Illuka_vallavalitsus, lk 34
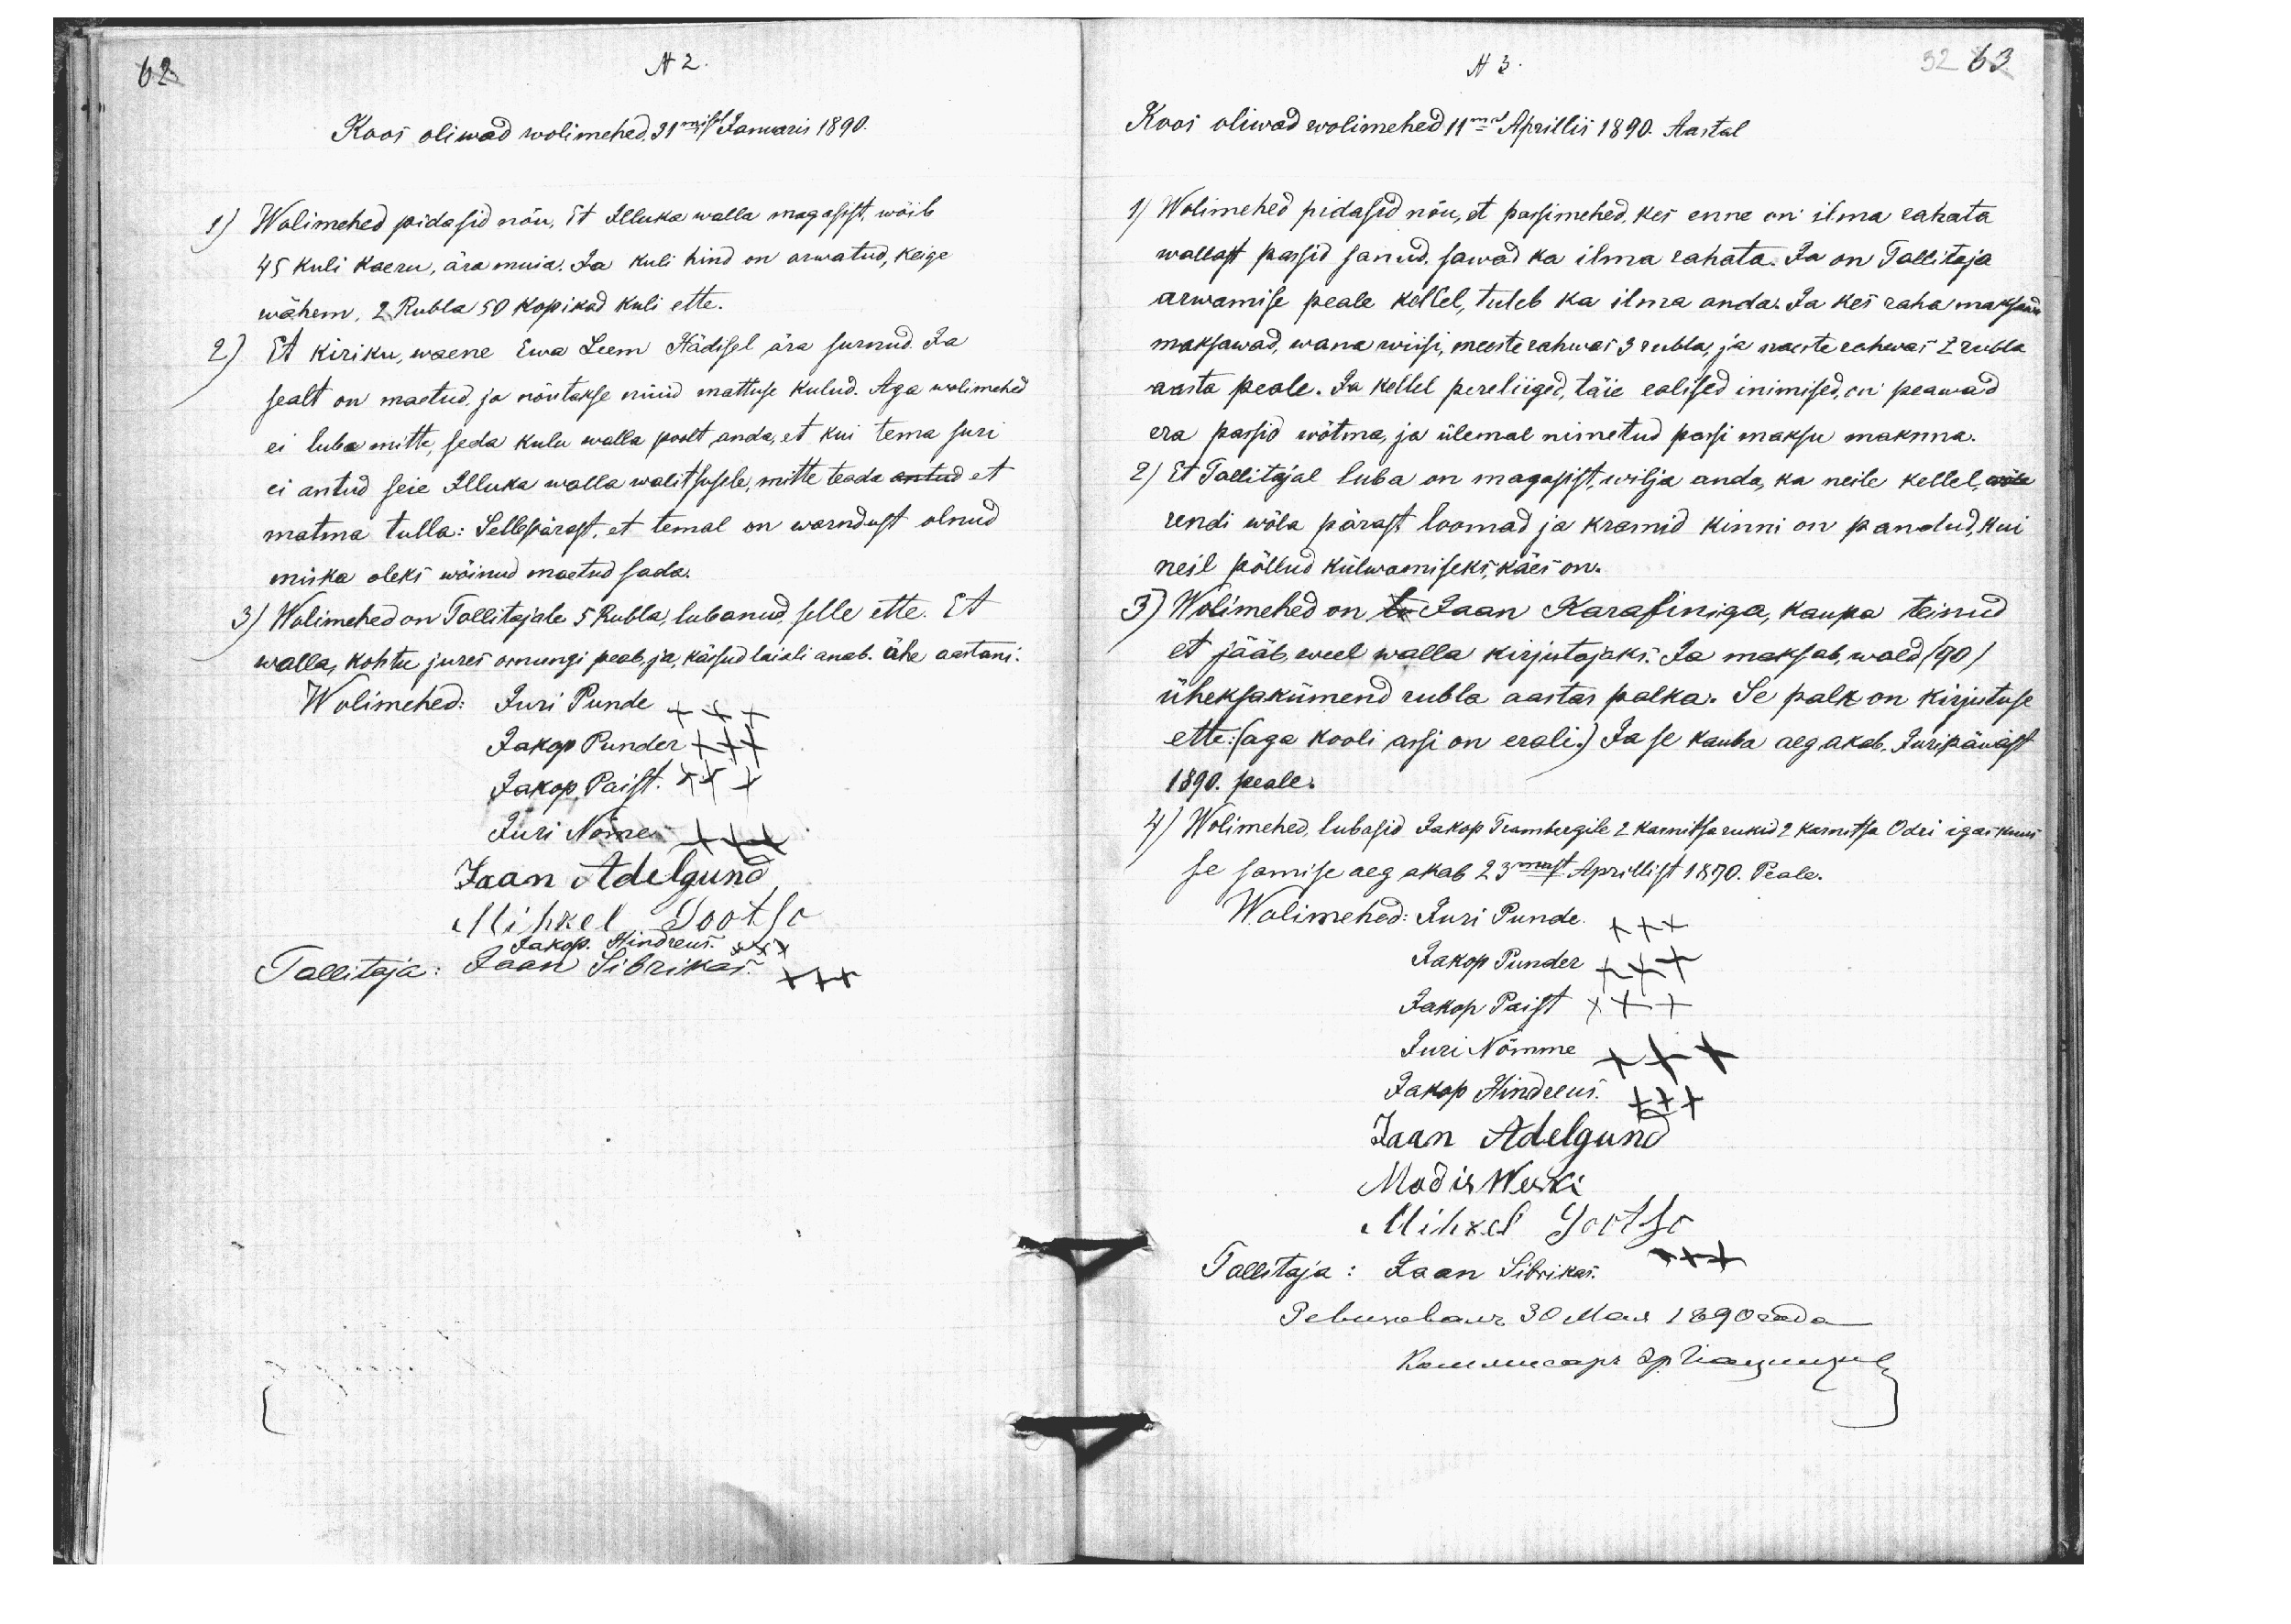
32 63.

62

N 2.

Koos oliwad wolimehed, 31misel Januaris 1890.
1) Wolimehed pidasid nõu, Et Illuka walla magasist, wõib
45 kuli kaeru, ära muia. Ja kuli hind on arwatud, keige
wähem, 2 Rubla 50 kopikad kuli ette.
2) Et kiriku, waene Ewa Leem Hädisel ära surnud. Ja
sealt on maetud, ja nõutakse nüüd mattuse kulud. Aga wolimehed
ei luba mitte, seda kulu walla poolt anda, et kui tema suri
ei antud seie Illuka walla walitsusele, mitte teada antud et
matma tulla: Sellepärast, et temal on warndust olnud
miska oleks wõinud maetud sada.
3) Wolimehed on Tallitajale 5 Rubla, lubanud, selle ette. Et
walla, kohtu jures ornungi peab, ja, kässud laiali anab. ühe aastani.
Wolimehed: Juri Punde xxx
Jakop Punder XXX
Jakop Paist. XXX
Jüri Nõme XXX
Jaan Adelgund
Mihkel Sootse
Jakup. Hindreus. XXX
Tallitaja: Jaan Sibrikas. XXX

N 3.
Koos oliwad wolimehed 11mal Aprillis 1890. Aastal
1) Wolimehed pidasid nõu, et passimehed, kes enne on ilma rahata
wallast passid sanud, sawad ka ilma rahata. Ja on Tallitaja
arwamise peale kellel, tuleb ka ilma anda. Ja kes raha maksud
maksawad, wana wiisi, meeste rahwas 3 rubla, ja naeste rahwas 2 rubla
aasta peale. Ja kellel pereliiged, täie ealised inimised, on peawad
era passid wõtma, ja ülemal nimetud passi maksu maksma.
2) Et Tallitajal luba on magasist, wilja anda, ka neile kellel, wõla
rendi wõla pärast loomad ja kramid kinni on pandud, kui
neil põllud külwamiseks, käes on.
3) Wolimehed on ta Jaan Karafiniga, kaupa teinud
et jääb, weel walla kirjutajaks. Ja maksab, wald (90)
üheksakümend rubla aastas palka. Se palk on kirjutuse
ette: (aga kooli assi on erali.) Ja se kauba aeg akab, Juripäwast
1890. peale.
4) Wolimehed, lubasid Jakop Trambergile 2 karnitsa rukid 2 karnitsa Odri igas kuus
se samise aeg akab 23mast Aprillist 1890. Peale.
Wolimehed: Juri Punde XXX
Jakop Punder XXX
Jakop Paist XXX
Juri Nõmme XXX
Jakop Hindreus. XXX
Jaan Adelgund
Madis Weski
Mihkel Sootse
Tallitaja: Jaan Sibrikas.